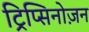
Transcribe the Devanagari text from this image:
ट्रिप्सिनोज़न